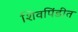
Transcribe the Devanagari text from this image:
शिवपिंडीत